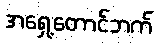
အရှေ့တောင်ဘက်